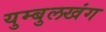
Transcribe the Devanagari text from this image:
युम्बुलखंग